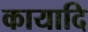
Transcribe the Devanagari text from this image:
कायादि